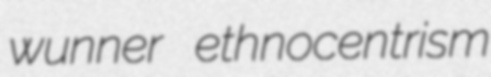
wunner ethnocentrism